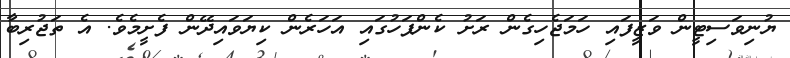
ޔުނިވަސިޓީން ވަޒީފައި ހަމަޖެހިގެން ރަށު ކެންޕަހުގައި އަހަރެން ކިޔަވައިދޭން ފެށީމެވެ. އެ ތަޖުރިބާ